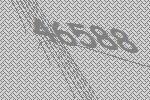
46588